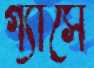
গ্যাসে